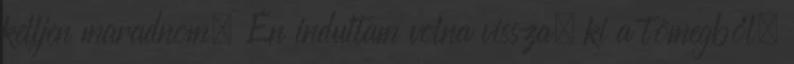
kelljen maradnom. Én indultam volna vissza, ki a tömegből,